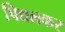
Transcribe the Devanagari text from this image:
पिद्यलकर